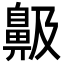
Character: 䶋